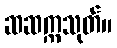
ဆဆက္ကသုတ်။